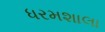
ધરમશાલા